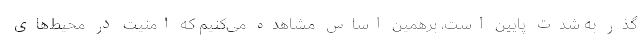
گذر به شدت پایین است، برهمین اساس مشاهده می‌کنیم که امنیت در محیط‌های